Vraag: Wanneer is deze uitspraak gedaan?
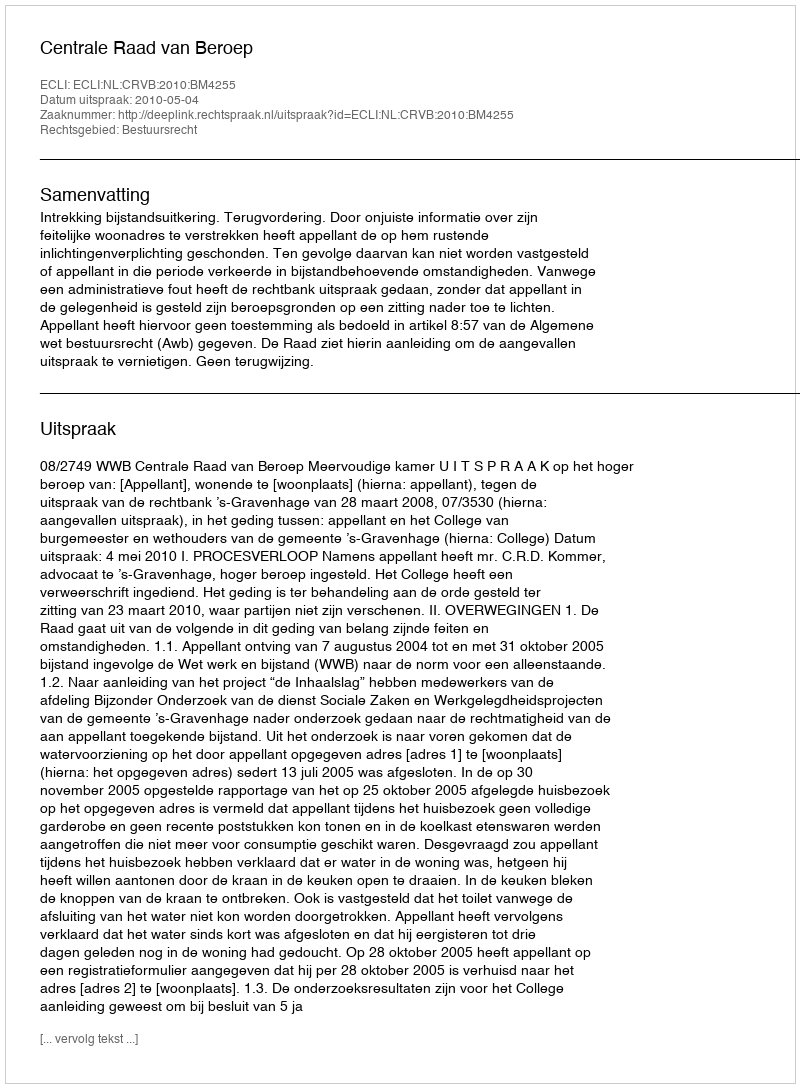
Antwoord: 2010-05-04